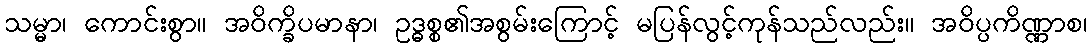
သမ္မာ၊ ကောင်းစွာ။ အဝိက္ခိပမာနာ၊ ဥဒ္ဓစ္စ၏အစွမ်းကြောင့် မပြန်လွင့်ကုန်သည်လည်း။ အဝိပ္ပကိဏ္ဏာစ၊